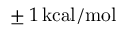
\pm \, 1 \, \mathrm { k c a l / m o l }